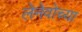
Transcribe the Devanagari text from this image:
लेनेवोच्या